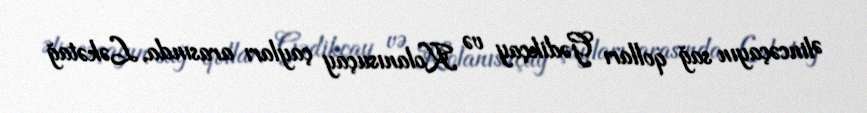
Əlincəçayın sağ qolları Gədikçay və Kolanısuçay çayları arasında, Ləkətağ